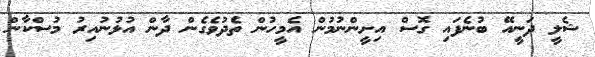
ޝެލީ ދަނީއޭ ބުނެފައި ގޮސް އިށީންނުމުން އެމީހުން ތެދުވެގެން ދާން އުޅުނުއިރު މުސްކާން